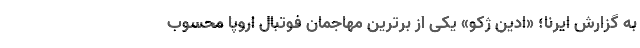
به گزارش ایرنا؛ «ادین ژکو» یکی از برترین مهاجمان فوتبال اروپا محسوب